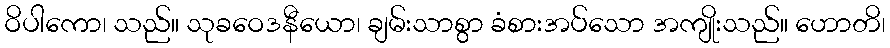
ဝိပါကော၊ သည်။ သုခဝေဒနီယော၊ ချမ်းသာစွာ ခံစားအပ်သော အကျိုးသည်။ ဟောတိ၊